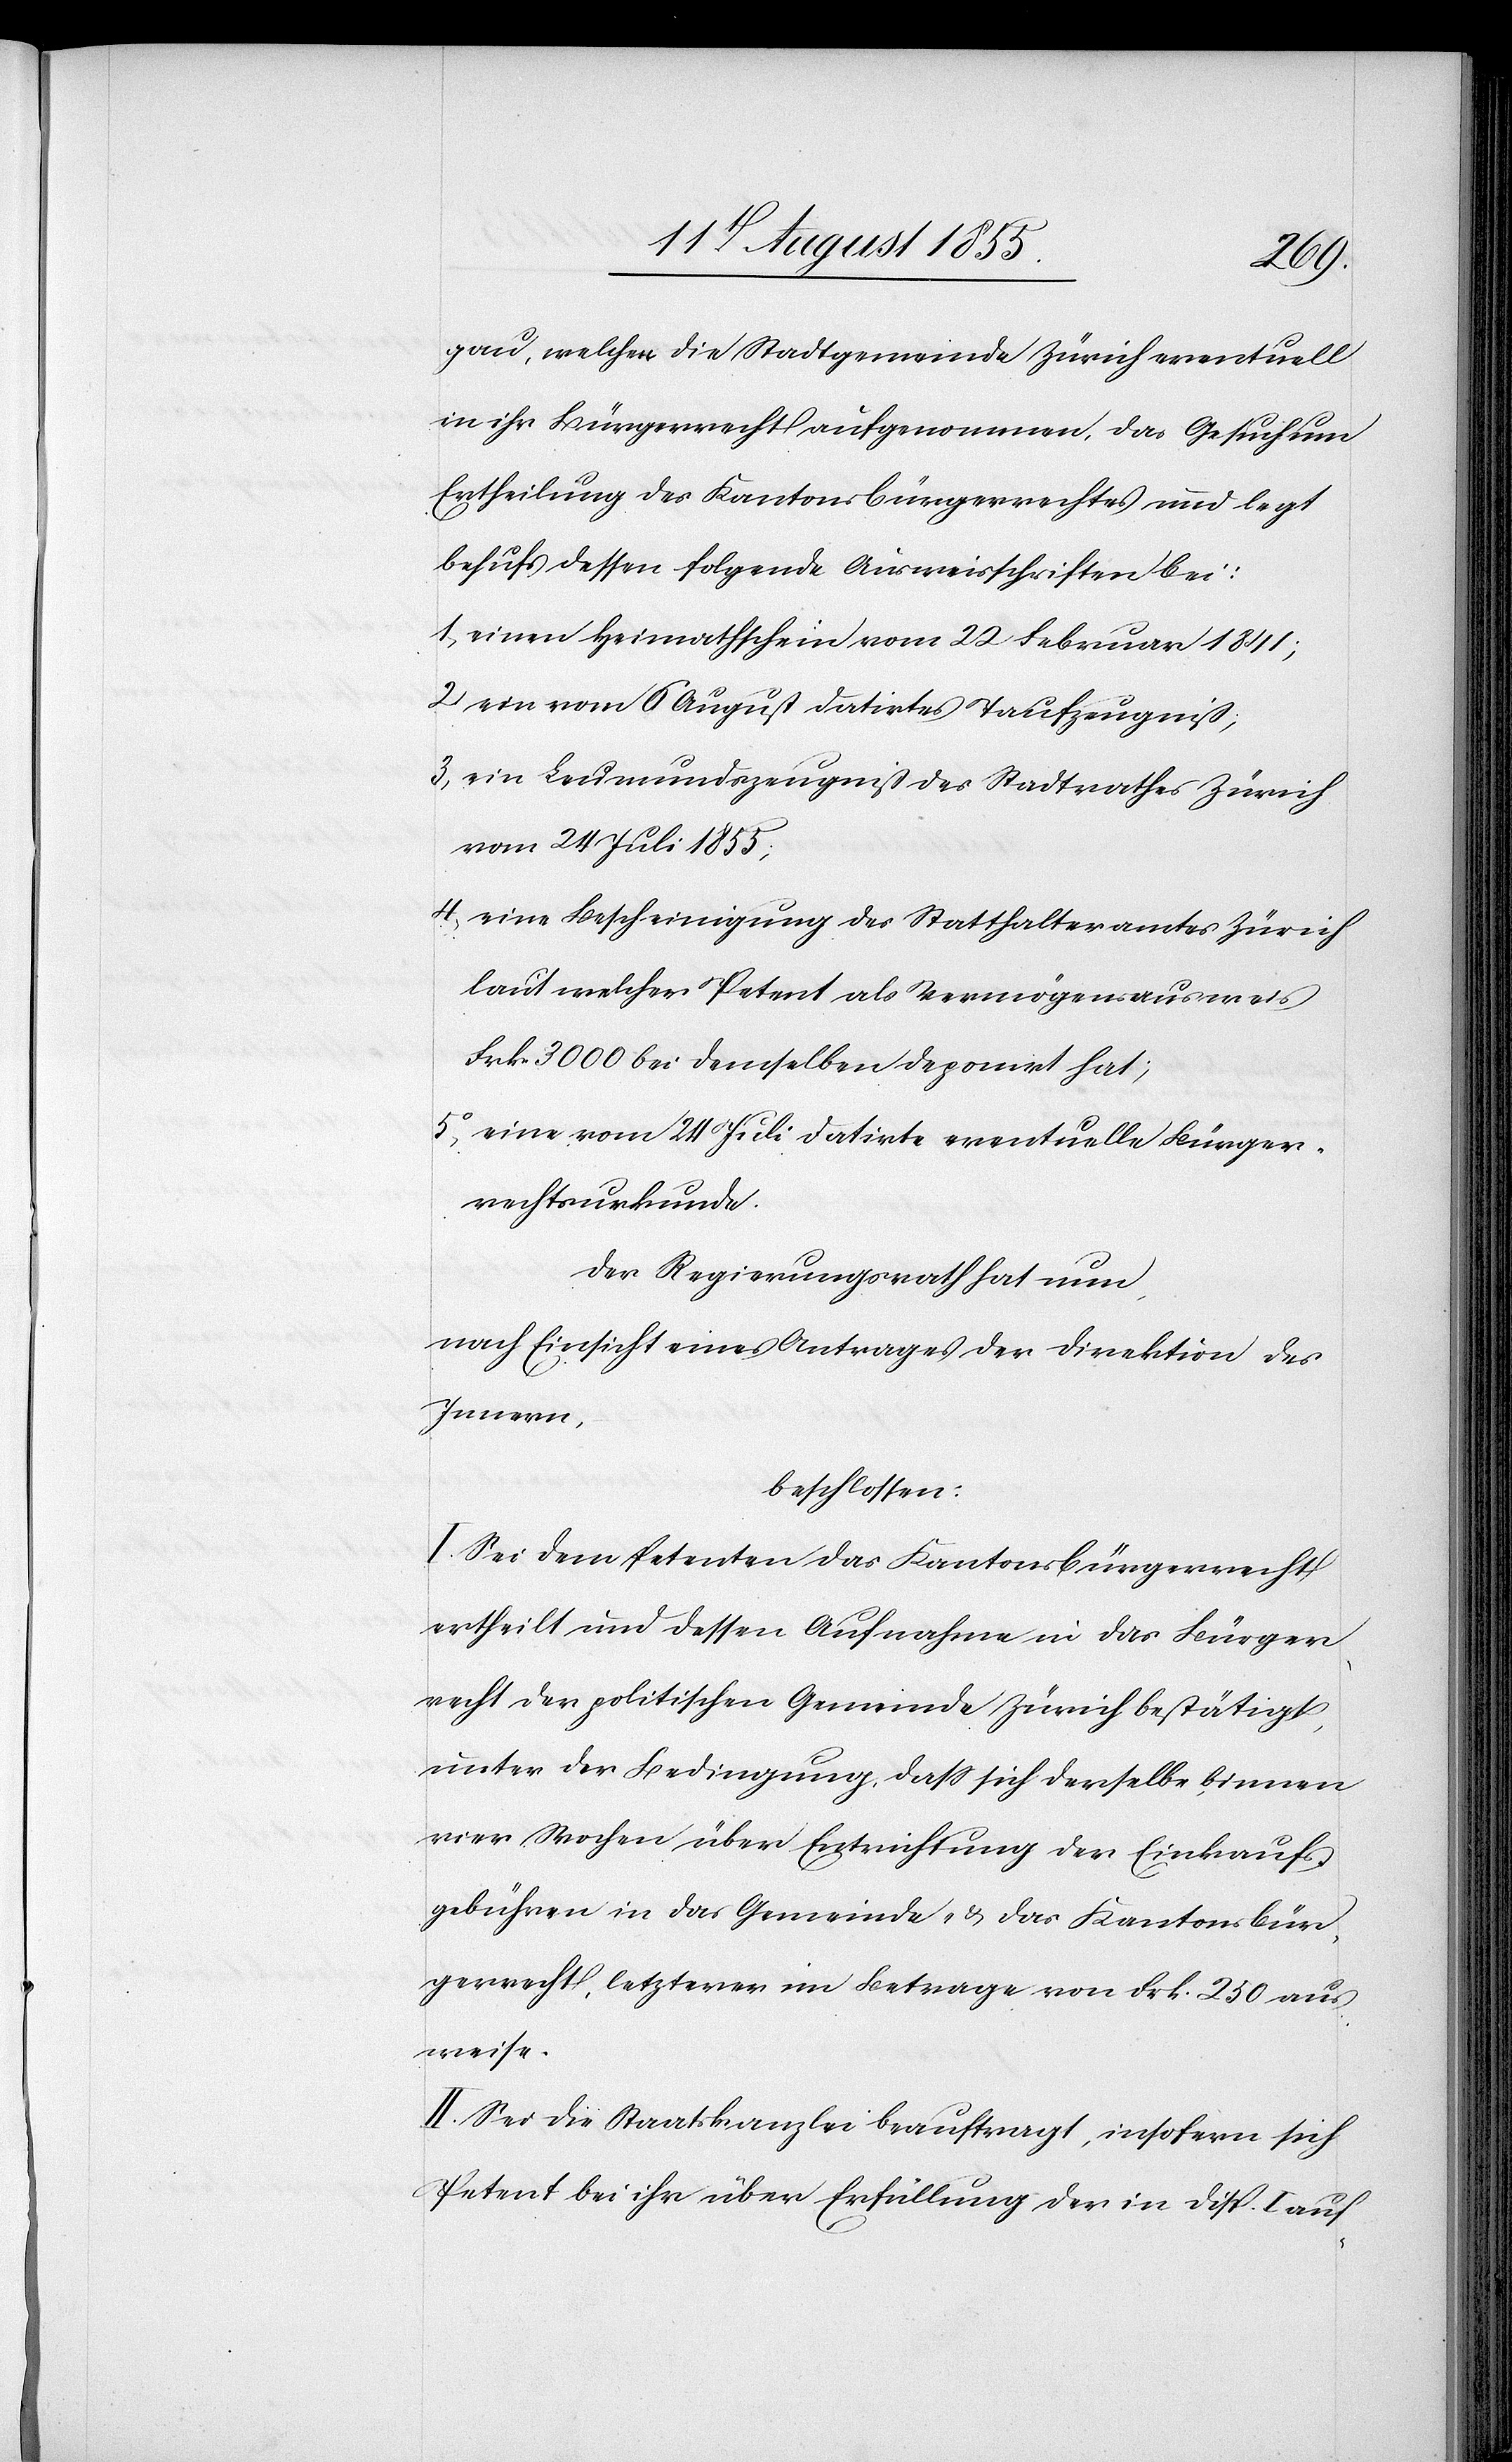
gau, welchen die Stadtgemeinde Zürich eventuell
in ihr Bürgerrecht aufgenommen, das Gesuch um
Ertheilung des Kantonsbürgerrechtes und legt
behufs dessen folgende Ausweisschriften bei:
einen Heimathschein vom 22 Februar 1841;
ein vom 6 August datirtes Taufzeugniß;
ein Leumundszeugniß des Stadtrathes Zürich
vom 24 Juli 1855;
eine Bescheinigung des Statthalteramtes Zürich
laut welcher Petent als Vermögensausweis
Frk. 3000 bei demselben deponirt hat;
eine vom 24 Juli datirte eventuelle Bürger¬
rechtsurkunde.
Der Regierungsrath hat nun,
nach Einsicht eines Antrages der Direktion des
Innern,
beschlossen:
I. Sei dem Petenten das Kantonsbürgerrecht
ertheilt und dessen Aufnahme in das Bürger¬
recht der politischen Gemeinde Zürich bestätigt,
unter der Bedingung, dass sich derselbe binnen
vier Wochen über Entrichtung der Einkaufs¬
gebühren in das Gemeinde- & das Kantonsbür¬
gerrecht, letzterer im Betrage von Frk. 250 aus¬
weise.
II. Sei die Staatskanzlei beauftragt, insofern sich
Petent bei ihr über Erfüllung der in Disp. I auf-